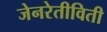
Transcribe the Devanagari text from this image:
जेनरेतीविती